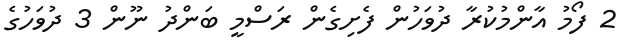
2 ފޯމު އާންމުކުރާ ދުވަހުން ފެށިގެން ރަސްމީ ބަންދު ނޫން 3 ދުވަހުގެ